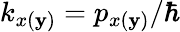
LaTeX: k_{x(\mathbf{y})}=p_{x(\mathbf{y})}/\hbar